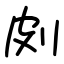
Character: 㓟